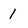
Character: 1